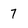
Character: 7